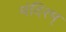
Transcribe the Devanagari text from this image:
मंदिरम्‌